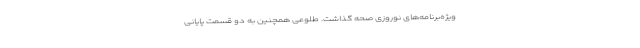
ویژه‌برنامه‌های نوروزی صحه گذاشت. طلوعی همچنین به دو قسمت پایانی